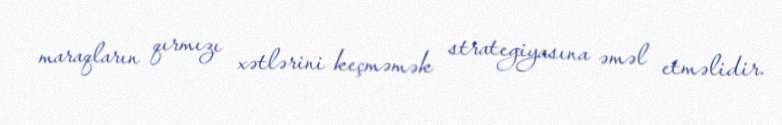
maraqların qırmızı xətlərini keçməmək strategiyasına əməl etməlidir.